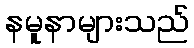
နမူနာများသည်